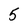
Character: 5